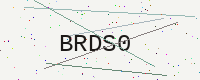
Text: BRDS0